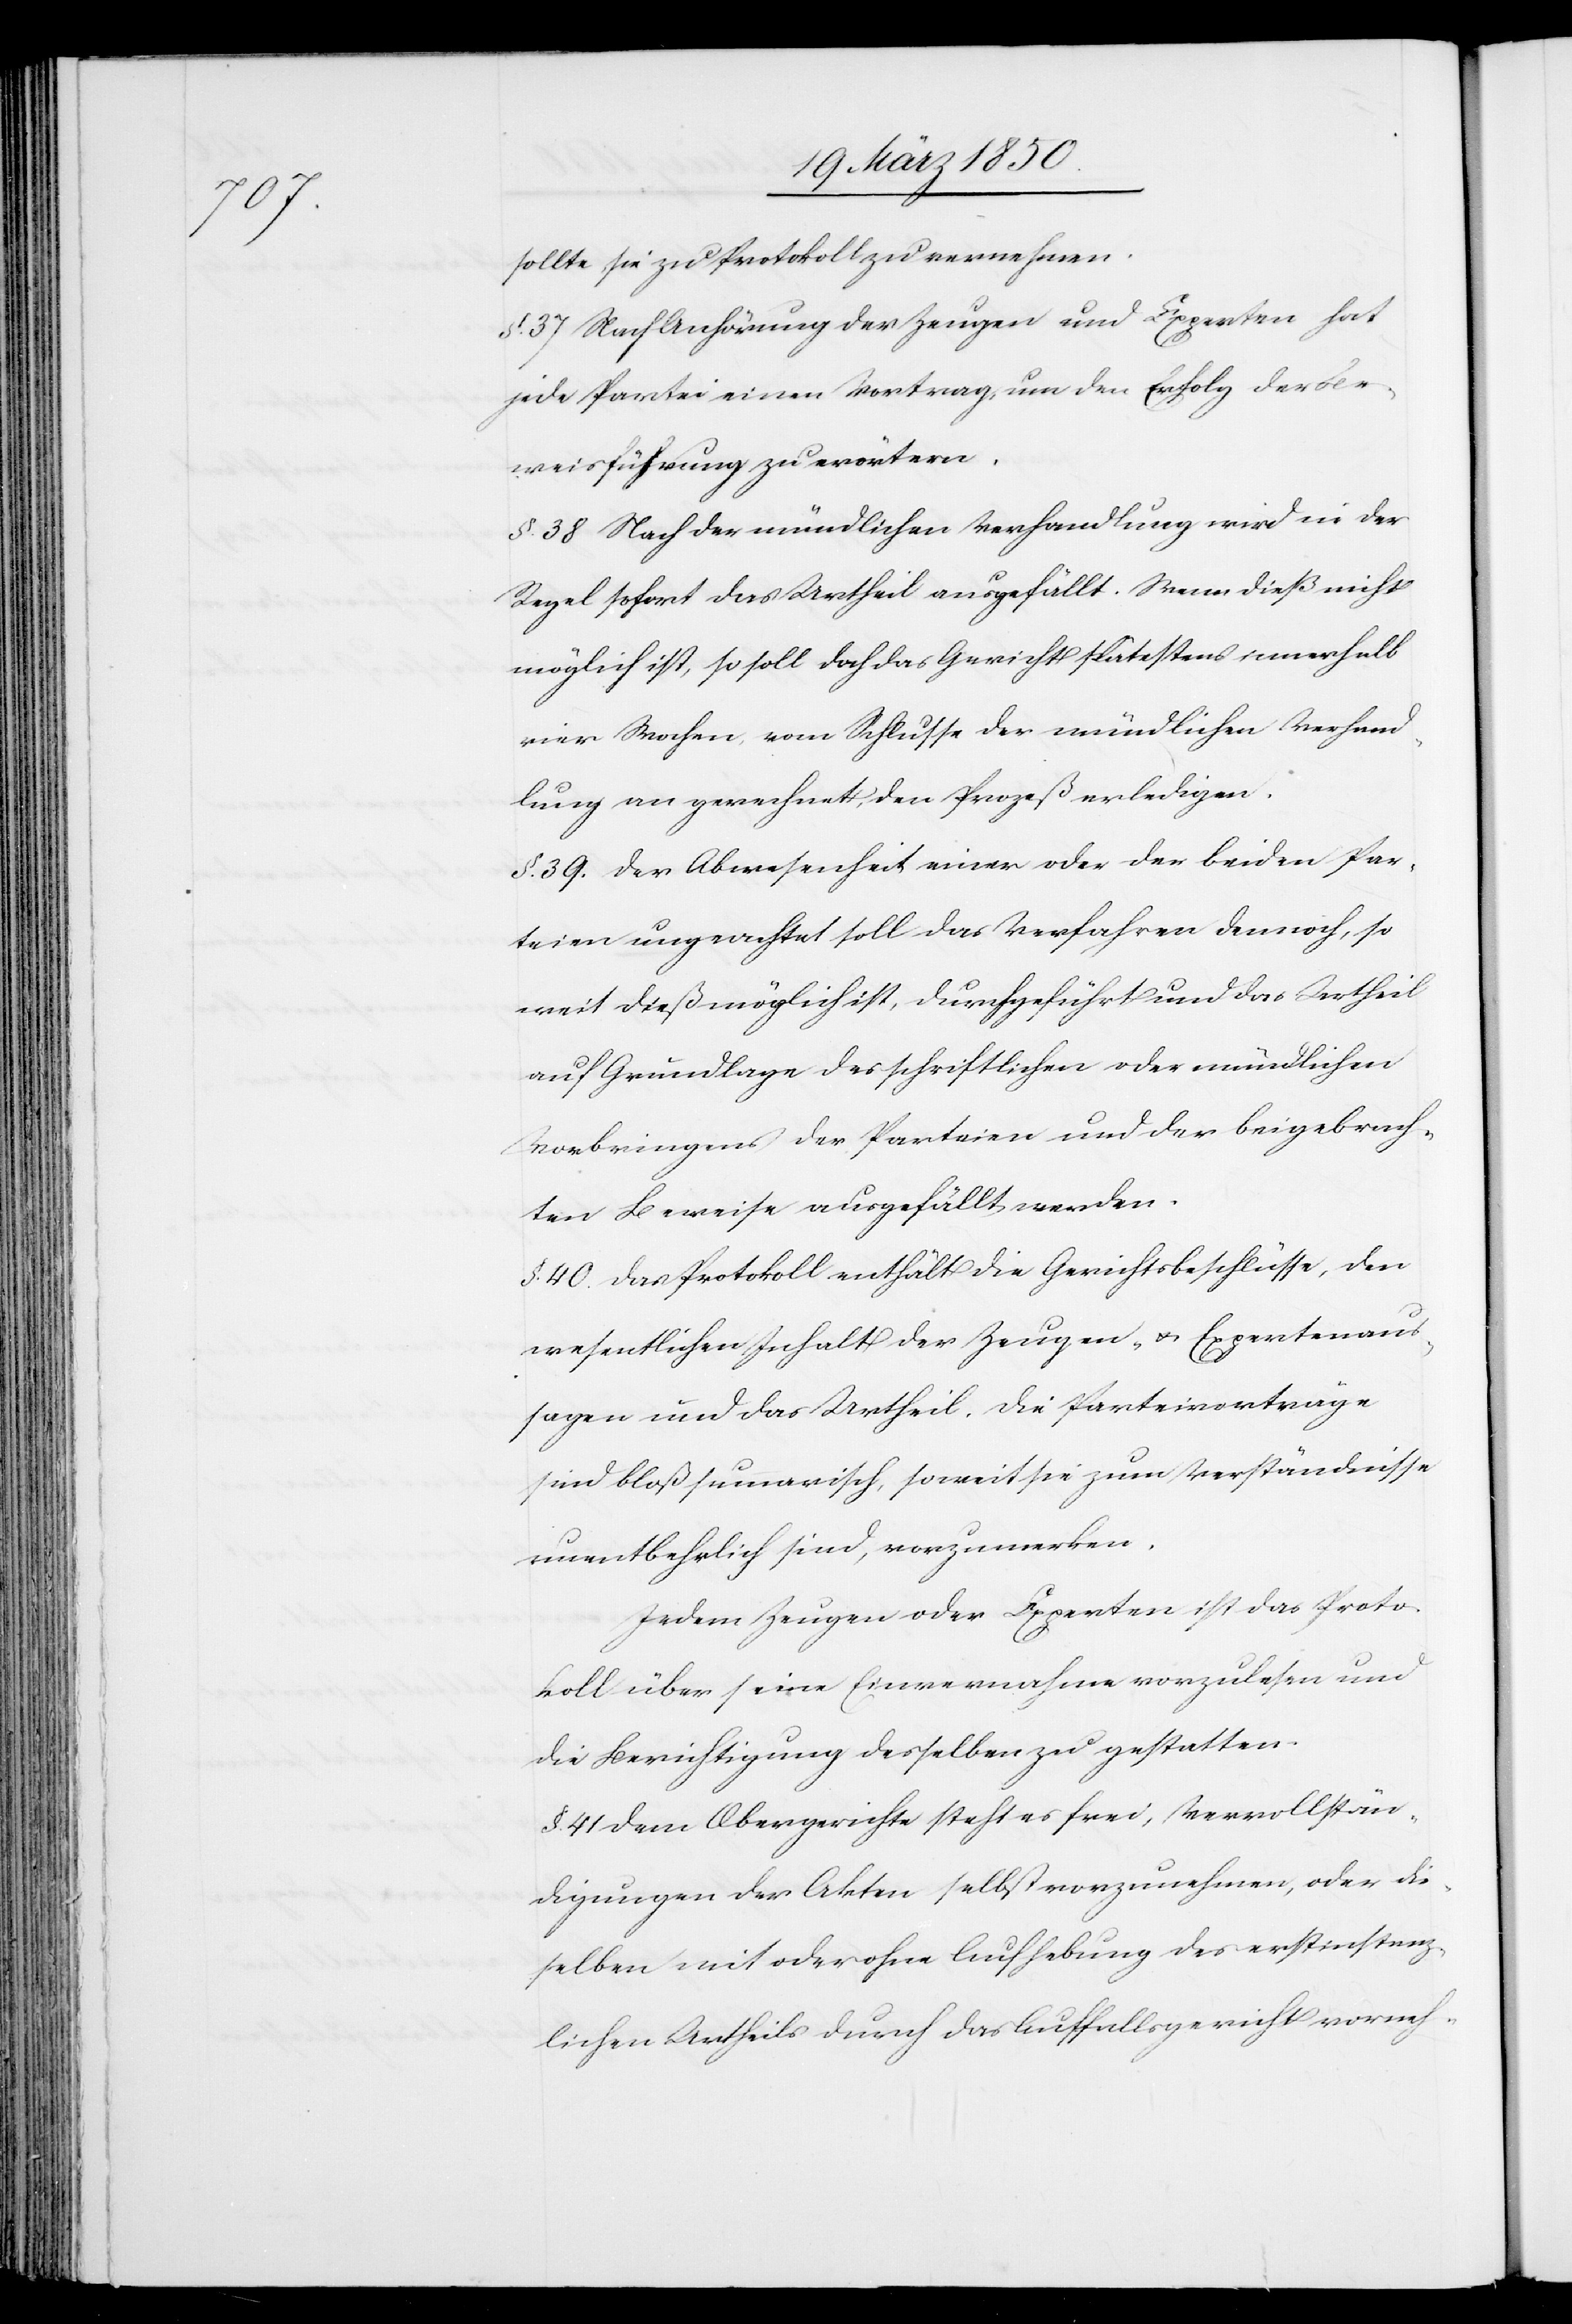
sollte, sie zu Protokoll zu vernehmen
§. 37. Nach Anhörung der Zeugen und Experten hat
jede Partei einen Vortrag, um den Erfolg der Be¬
weisführung zu erörtern.
§. 38. Nach der mündlichen Verhandlung wird in der
Regel sofort das Urtheil ausgefällt. Wenn dieß nicht
möglich ist, so soll doch das Gericht spätestens innerhalb
vier Wochen, vom Schlusse der mündlichen Verhand¬
lung an gerechnet, den Prozeß erledigen.
§. 39. Der Abwesenheit einer oder der beiden Par¬
teien ungeachtet soll das Verfahren dennoch, so
weit dieß möglich ist, durchgeführt und das Urtheil
auf Grundlage des schriftlichen oder mündlichen
Vorbringens der Parteien und der beigebrach¬
ten Beweise ausgefällt werden.
§. 40. Das Protokoll enthält die Gerichtsbeschlüsse, den
wesentlichen Inhalt der Zeugen- u. Expertenaus¬
sagen und das Urtheil. Die Parteivorträge
sind bloß summarisch, soweit sie zum Verständnisse
unentbehrlich sind, vorzumerken.
Jedem Zeugen oder Experten ist das Proto¬
koll über seine Einvernahme vorzulesen und
die Berichtigung desselben zu gestatten.
§. 41 Dem Obergerichte steht es frei, Vervollstän¬
digungen der Akten selbst vorzunehmen, oder die¬
selben mit oder ohne Aufhebung des erstinstanz¬
lichen Urtheils durch das Auffallsgericht vorneh-